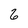
Character: 6